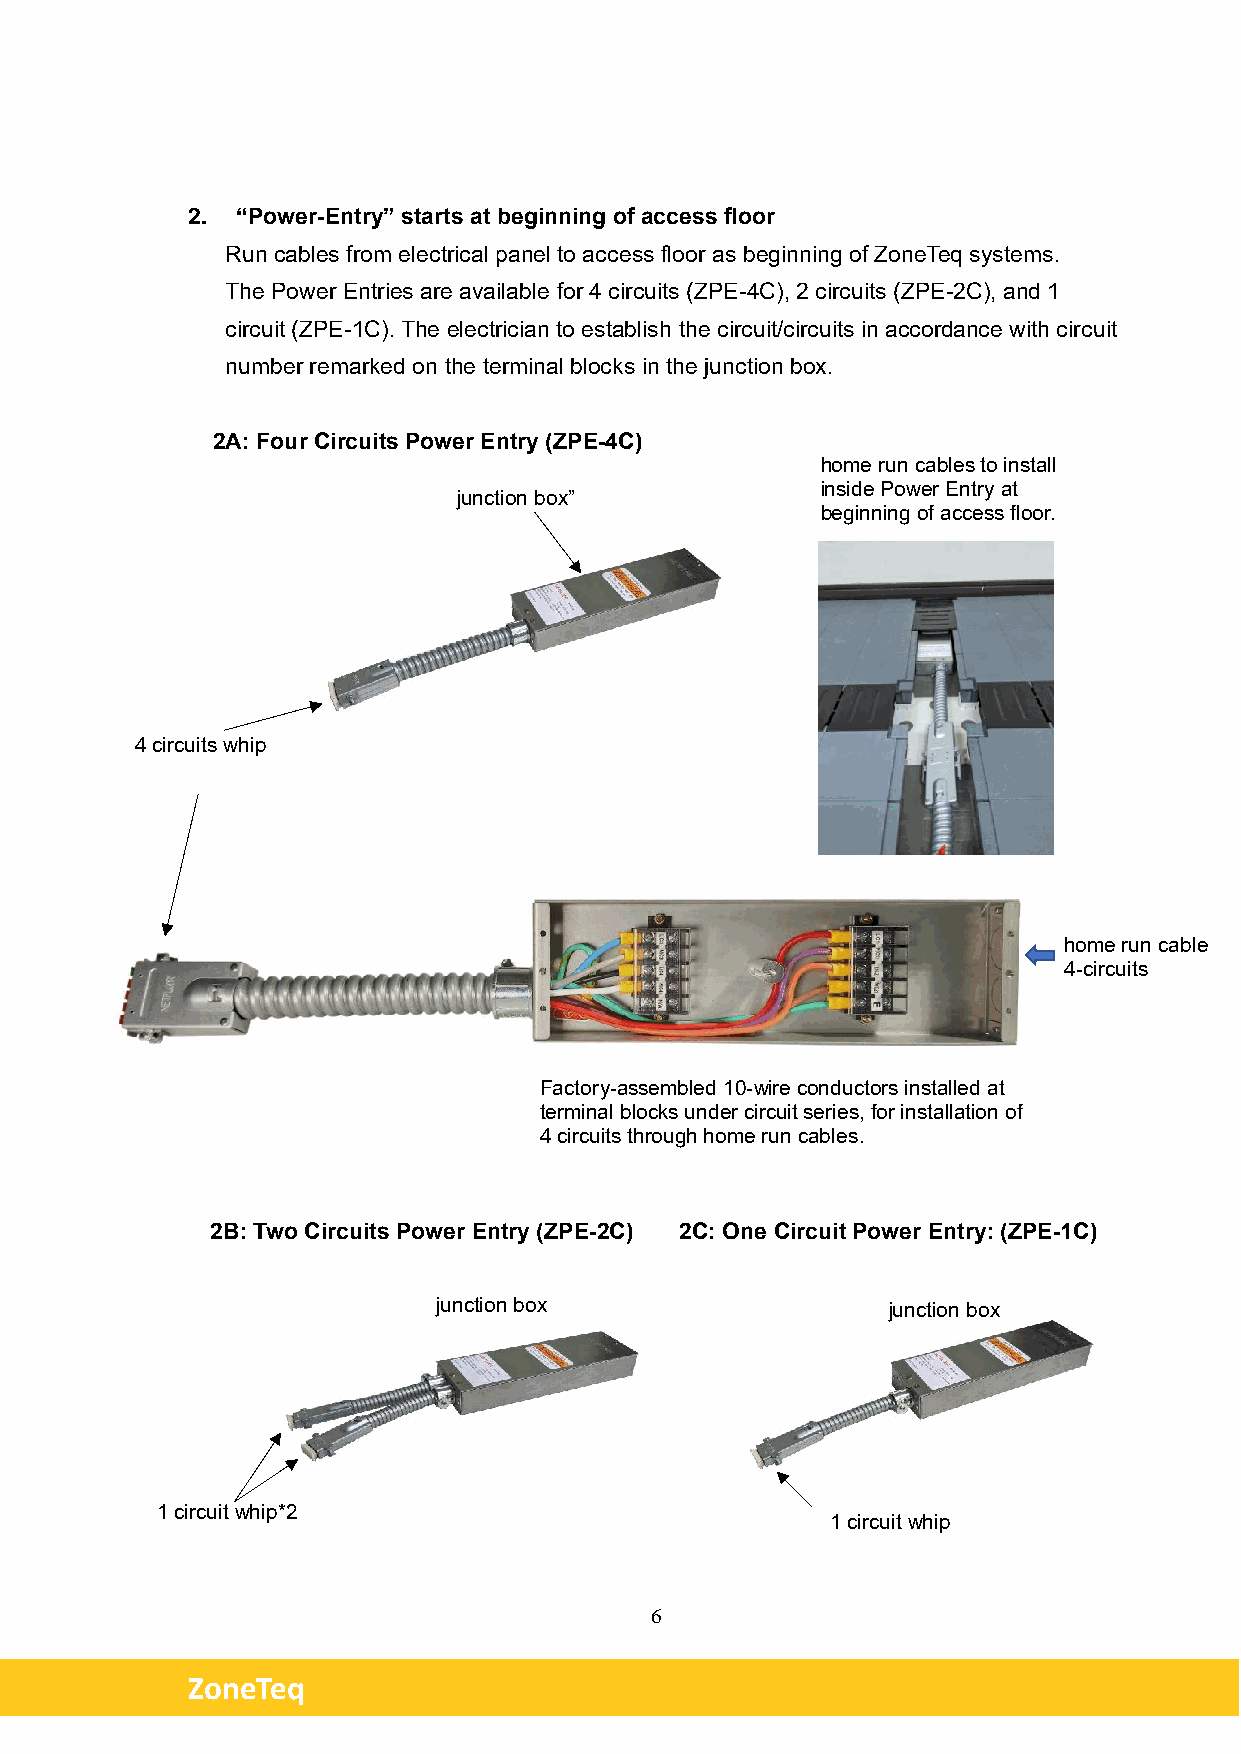
2.  “Power-Entry” starts at beginning of access floor
 Run cables from electrical panel to access floor as beginning of ZoneTeq systems.
 The Power Entries are available for 4 circuits (ZPE-4C), 2 circuits (ZPE-2C), and 1
 circuit (ZPE-1C). The electrician to establish the circuit/circuits in accordance with circuit
 number remarked on the terminal blocks in the junction box.
 2A: Four Circuits Power Entry (ZPE-4C)
 home run cables to install
 inside Power Entry at
 junction box”
 beginning of access floor.
 4 circuits whip
 home run cable
 4-circuits
 Factory-assembled 10-wire conductors installed at
 terminal blocks under circuit series, for installation of
 4 circuits through home run cables.
 2B: Two Circuits Power Entry (ZPE-2C) 2C: One Circuit Power Entry: (ZPE-1C)
 junction box                  junction box
 1 circuit whip*2
 1 circuit whip
 6
 ZoneTeq